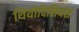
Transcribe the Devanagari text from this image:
थियोदिसियस